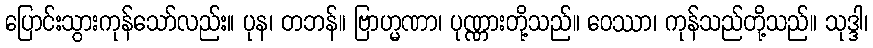
ပြောင်းသွားကုန်သော်လည်း။ ပုန၊ တဘန်။ ဗြာဟ္မဏာ၊ ပုဏ္ဏားတို့သည်။ ဝေဿာ၊ ကုန်သည်တို့သည်။ သုဒ္ဒါ၊